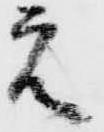
元